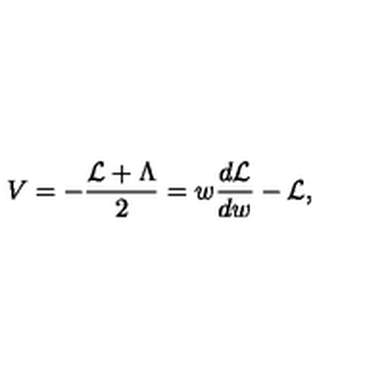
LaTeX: V = - { \frac { { \cal L } + \Lambda } { 2 } } = w { \frac { d { \cal L } } { d w } } - { \cal L } ,